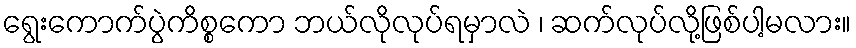
ရွေးကောက်ပွဲကိစ္စကော ဘယ်လိုလုပ်ရမှာလဲ ၊ ဆက်လုပ်လို့ဖြစ်ပါ့မလား။